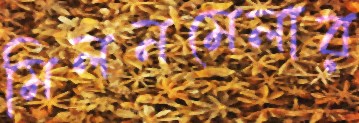
মিলনমেলার